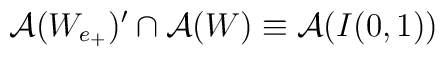
\mathcal{A}(W_{e_{+}})^{\prime }\cap \mathcal{A}(W)\equiv \mathcal{A}(I(0,1))